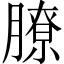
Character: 膫